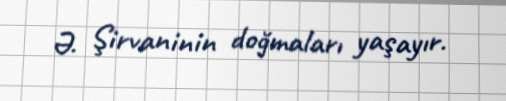
Ə. Şirvaninin doğmaları yaşayır.